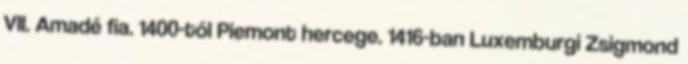
VII. Amadé fia. 1400-tól Piemont hercege. 1416-ban Luxemburgi Zsigmond